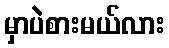
မှာပဲစားမယ်လား